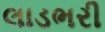
લાડભરી